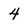
Character: 4